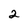
Character: 2